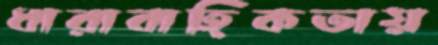
ধারাবাহিকতায়